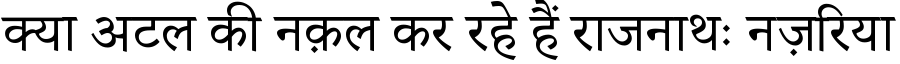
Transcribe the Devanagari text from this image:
क्या अटल की नक़ल कर रहे हैं राजनाथः नज़रिया